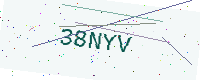
Text: 38NYV